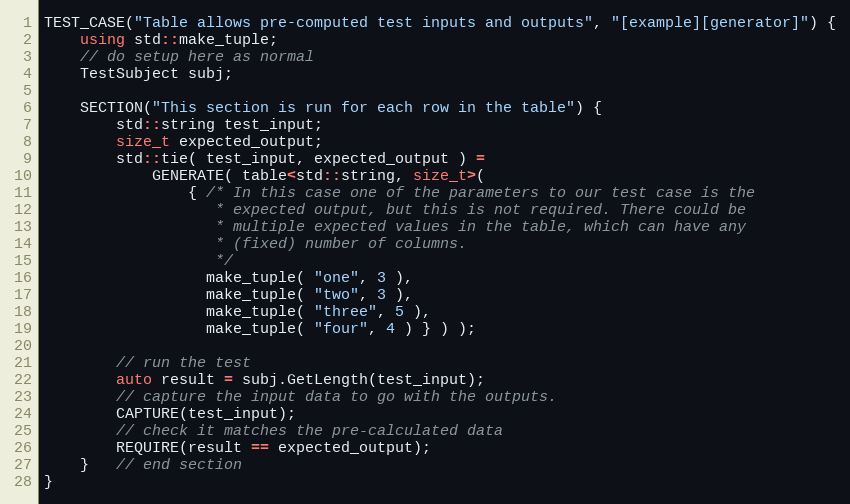
Language: C++
TEST_CASE("Table allows pre-computed test inputs and outputs", "[example][generator]") {
    using std::make_tuple;
    // do setup here as normal
    TestSubject subj;

    SECTION("This section is run for each row in the table") {
        std::string test_input;
        size_t expected_output;
        std::tie( test_input, expected_output ) =
            GENERATE( table<std::string, size_t>(
                { /* In this case one of the parameters to our test case is the
                   * expected output, but this is not required. There could be
                   * multiple expected values in the table, which can have any
                   * (fixed) number of columns.
                   */
                  make_tuple( "one", 3 ),
                  make_tuple( "two", 3 ),
                  make_tuple( "three", 5 ),
                  make_tuple( "four", 4 ) } ) );

        // run the test
        auto result = subj.GetLength(test_input);
        // capture the input data to go with the outputs.
        CAPTURE(test_input);
        // check it matches the pre-calculated data
        REQUIRE(result == expected_output);
    }   // end section
}